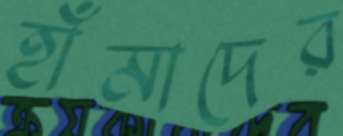
হাঁমাদের